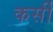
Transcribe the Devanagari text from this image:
कर्सी